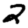
Digit: 2